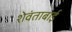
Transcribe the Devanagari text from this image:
शेवंताबाई